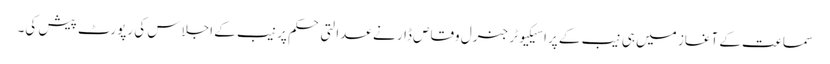
سماعت کے آغاز میں ہی نیب کے پراسیکیوٹر جنرل وقاص ڈار نے عدالتی حکم پر نیب کے اجلاس کی رپورٹ پیش کی۔